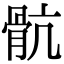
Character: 骯